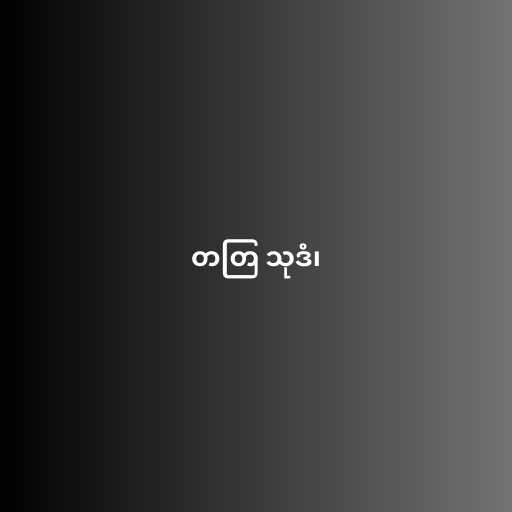
တတြ သုဒံ၊